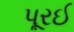
પૂરઈ